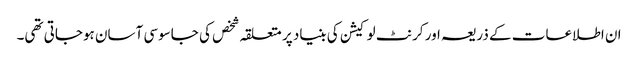
ان اطلاعات کے ذریعہ اور کرنٹ لوکیشن کی بنیاد پر متعلقہ شخص کی جاسوسی آسان ہوجاتی تھی۔